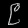
Digit: ၉